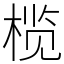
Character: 榄